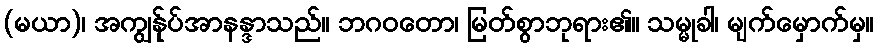
(မယာ)၊ အကျွန်ုပ်အာနန္ဒာသည်။ ဘဂဝတော၊ မြတ်စွာဘုရား၏။ သမ္မုခါ၊ မျက်မှောက်မှ။